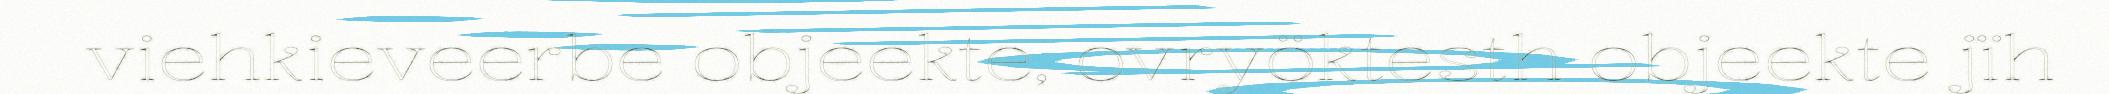
viehkieveerbe objeekte, ovryöktesth objeekte jïh